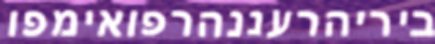
ביריהרעננהרפואימפו